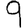
Digit: 9